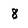
Character: 8